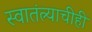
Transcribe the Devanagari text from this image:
स्वातंत्र्याचीही